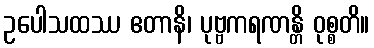
ဥပေါသထဿ ဧတာနိ၊ ပုဗ္ဗကရဏန္တိ ဝုစ္စတိ။